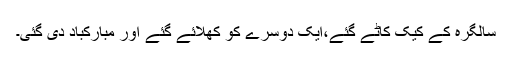
سالگرہ کے کیک کاٹے گئے،ایک دوسرے کو کھلائے گئے اور مبارکباد دی گئی۔